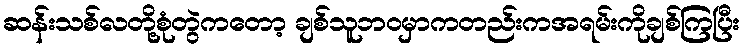
ဆန်းသစ်လတို့စုံတွဲကတော့ ချစ်သူဘဝမှာကတည်းကအရမ်းကိုချစ်ကြပြီး